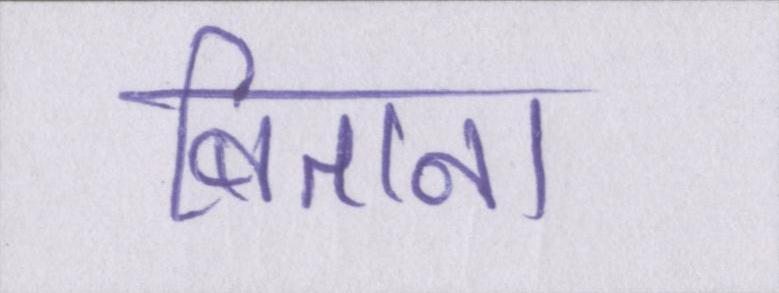
बिताना